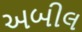
અબીલ